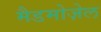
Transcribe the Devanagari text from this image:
मैडमोज़ेल